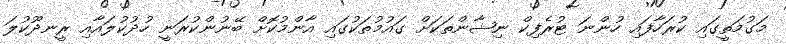
މަގުމަތީގައި ކުރަހާފައި ހުންނަ ޓުރެފިކް ނިޝާންތަކަށް ގައުމުތަކުގައި އާންމުކޮށް ބޭނުންކުރަނީ ހުދުކުލައާއި ރީނދޫކުލަ